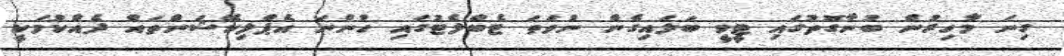
ގިނަ މާހިރުން ބުނާގޮތުގައި ޓީވީ ބަލައިގެން ނުވަތަ ޓެބްލެޓުގައި ހުންނަ އެޕްލިކޭޝަންތައް ދެއްކުމަކީ